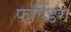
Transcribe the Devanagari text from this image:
फण्डिंग